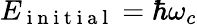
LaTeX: E_{\mathrm{~i~n~i~t~i~a~l~}}=\hbar\omega_{c}